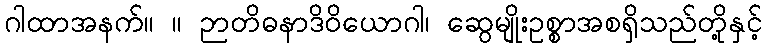
ဂါထာအနက်။ ။ ဉာတိဓနာဒိဝိယောဂါ၊ ဆွေမျိုးဥစ္စာအစရှိသည်တို့နှင့်